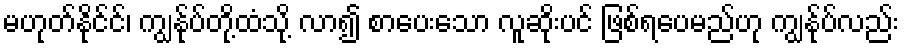
မဟုတ်နိုင်င်၊ ကျွန်ုပ်တို့ထံသို့ လာ၍ စာပေးသော လူဆိုးပင် ဖြစ်ရပေမည်ဟု ကျွန်ုပ်လည်း